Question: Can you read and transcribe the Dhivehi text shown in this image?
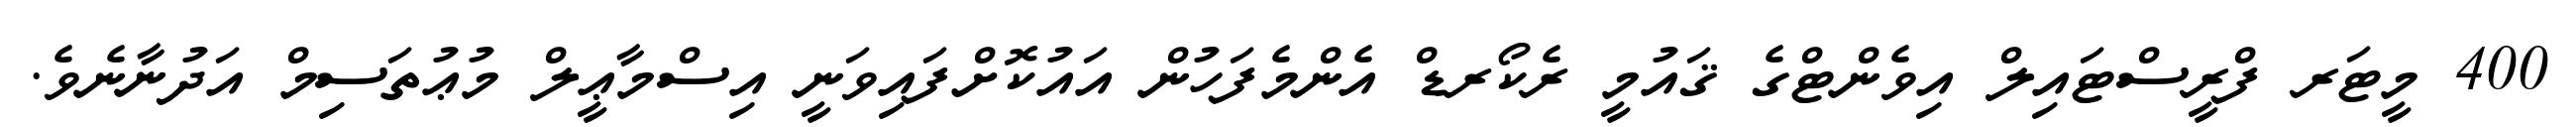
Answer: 400 މީޓަރ ފްރީސްޓައިލް އިވެންޓްގެ ޤައުމީ ރެކޯރޑް އެންމެފަހުން އައުކޮށްފައިވަނީ އިސްމާޢީލް މުޢުތަސިމް އަދުނާނެވެ.